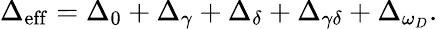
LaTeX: \Delta_{\mathrm{eff}}=\Delta_{0}+\Delta_{\gamma}+\Delta_{\delta}+\Delta_{\gamma\delta}+\Delta_{\omega_{D}}.